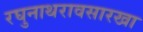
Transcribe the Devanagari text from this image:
रघुनाथरावसारखा